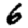
Digit: 6